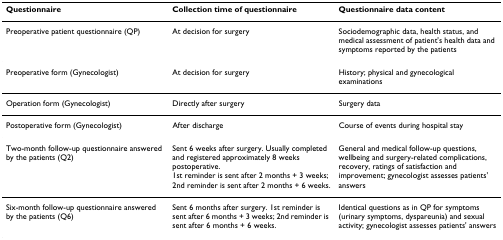
<table><thead><tr><td><b>Questionnaire</b></td><td><b>Collection time of questionnaire</b></td><td><b>Questionnaire data content</b></td></tr></thead><tbody><tr><td>Preoperative patient questionnaire (QP)</td><td>At decision for surgery</td><td>Sociodemographic data, health status, and medical assessment of patient&#x27;s health data and symptoms reported by the patients</td></tr><tr><td>Preoperative form (Gynecologist)</td><td>At decision for surgery</td><td>History; physical and gynecological examinations</td></tr><tr><td>Operation form (Gynecologist)</td><td>Directly after surgery</td><td>Surgery data</td></tr><tr><td>Postoperative form (Gynecologist)</td><td>After discharge</td><td>Course of events during hospital stay</td></tr><tr><td>Two-month follow-up questionnaire answered by the patients (Q2)</td><td>Sent 6 weeks after surgery. Usually completed and registered approximately 8 weeks postoperative.1st reminder is sent after 2 months + 3 weeks; 2nd reminder is sent after 2 months + 6 weeks.</td><td>General and medical follow-up questions, wellbeing and surgery-related complications, recovery, ratings of satisfaction and improvement; gynecologist assesses patients&#x27; answers</td></tr><tr><td>Six-month follow-up questionnaire answered by the patients (Q6)</td><td>Sent 6 months after surgery. 1st reminder is sent after 6 months + 3 weeks; 2nd reminder is sent after 6 months + 6 weeks.</td><td>Identical questions as in QP for symptoms (urinary symptoms, dyspareunia) and sexual activity; gynecologist assesses patients&#x27; answers</td></tr></tbody></table>